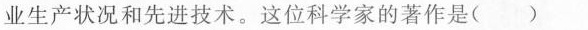
业生产状况和先进技术。这位科学家的著作是( )